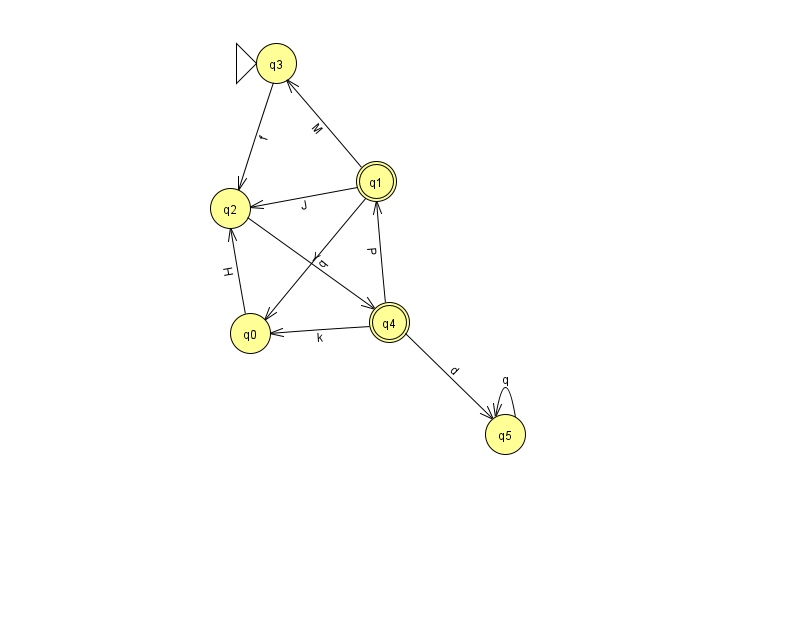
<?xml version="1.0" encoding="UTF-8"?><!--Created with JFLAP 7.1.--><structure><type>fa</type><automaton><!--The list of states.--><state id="0" name="q0"><x>250.0</x><y>320.0</y></state><state id="1" name="q1"><x>376.0</x><y>168.0</y><final/></state><state id="2" name="q2"><x>230.0</x><y>195.0</y></state><state id="3" name="q3"><x>276.0</x><y>50.0</y><initial/></state><state id="4" name="q4"><x>389.0</x><y>309.0</y><final/></state><state id="5" name="q5"><x>505.0</x><y>421.0</y></state><!--The list of transitions.--><transition><from>5</from><to>5</to><read>q</read></transition><transition><from>2</from><to>4</to><read>Y</read></transition><transition><from>4</from><to>1</to><read>P</read></transition><transition><from>4</from><to>5</to><read>d</read></transition><transition><from>1</from><to>2</to><read>J</read></transition><transition><from>4</from><to>0</to><read>k</read></transition><transition><from>1</from><to>0</to><read>q</read></transition><transition><from>3</from><to>2</to><read>f</read></transition><transition><from>1</from><to>3</to><read>M</read></transition><transition><from>0</from><to>2</to><read>H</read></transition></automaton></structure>